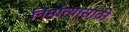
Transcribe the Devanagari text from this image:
निर्मात्यासाठी